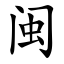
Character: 闽